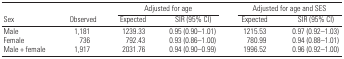
|  |  | <COLSPAN=2> Adjusted for age | <COLSPAN=2> Adjusted for age and SES |
 | Sex | Observed | Expected | SIR (95% CI) | Expected | SIR (95% CI) |
 | --- | --- | --- | --- | --- | --- |
 | Male | 1,181 | 1239.33 | 0.95 (0.90–1.01) | 1215.53 | 0.97 (0.92–1.03) |
 | Female | 736 | 792.43 | 0.93 (0.86–1.00) | 780.99 | 0.94 (0.88–1.01) |
 | Male + female | 1,917 | 2031.76 | 0.94 (0.90–0.99) | 1996.52 | 0.96 (0.92–1.00) |